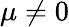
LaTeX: \mu\neq 0